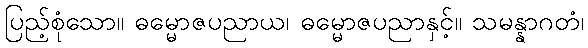
ပြည့်စုံသော။ ဓမ္မောဇပညာယ၊ ဓမ္မောဇပညာနှင့်။ သမန္နာဂတံ၊